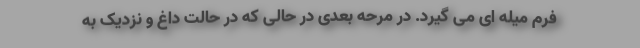
فرم میله ای می گیرد. در مرحه بعدی در حالی که در حالت داغ و نزدیک به